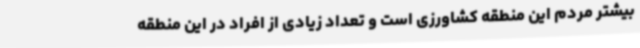
بیشتر مردم این منطقه کشاورزی است و تعداد زیادی از افراد در این منطقه